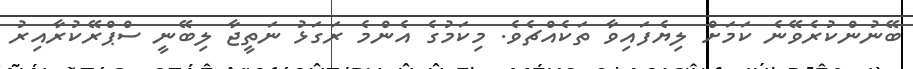
ބޭނުންކުރެވޭނެ ކަމަށް ލިޔެފައިވާ ތަކެއްޗެވެ. މިކަމުގެ އެންމެ ރަގަޅު ނަތީޖާ ލިބޭނީ ސްޕްރޭކުރާއިރު